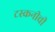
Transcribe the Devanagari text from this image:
टस्कनीची